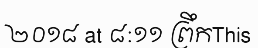
២០១៨ at ៨:១១ ព្រឹកThis